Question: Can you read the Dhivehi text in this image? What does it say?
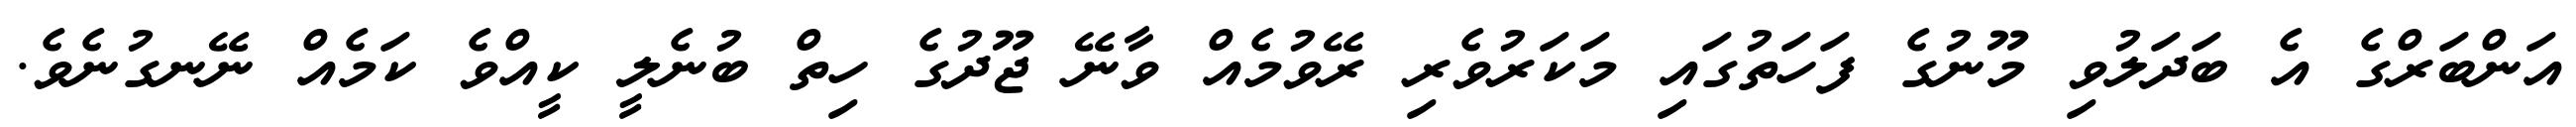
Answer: އަންބަރްގެ އެ ބަދަލުވި މޫނުގެ ފަހަތުގައި މަކަރުވެރި ރޭވުމެއް ވާނޭ ޖޫދުގެ ހިތް ބުނެލީ ކީއްވެ ކަމެއް ނޭނގުނެވެ.